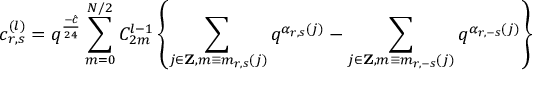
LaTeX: c _ { r , s } ^ { ( l ) } = q ^ { \frac { - \hat { c } } { 2 4 } } \sum _ { m = 0 } ^ { N / 2 } C _ { 2 m } ^ { l - 1 } \left\{ \sum _ { j \in { \bf Z } , m \equiv m _ { r , s } ( j ) } q ^ { \alpha _ { r , s } ( j ) } - \sum _ { j \in { \bf Z } , m \equiv m _ { r , - s } ( j ) } q ^ { \alpha _ { r , - s } ( j ) } \right\}